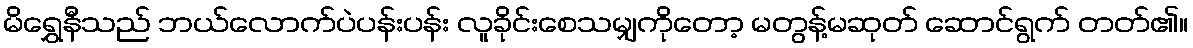
မိရွှေနီသည် ဘယ်လောက်ပဲပန်းပန်း လူခိုင်းစေသမျှကိုတော့ မတွန့်မဆုတ် ဆောင်ရွက် တတ်၏။